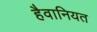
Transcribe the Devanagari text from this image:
हैवानियत